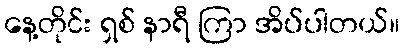
နေ့တိုင်း ရှစ် နာရီ ကြာ အိပ်ပါတယ်။